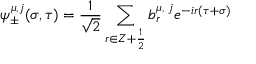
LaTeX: \psi _ { \pm } ^ { \mu , j } ( \sigma , \tau ) = \frac { 1 } { \sqrt 2 } \sum _ { r \in Z + \frac { 1 } { 2 } } b _ { r } ^ { \mu , \; j } e ^ { - i r ( \tau + \sigma ) }